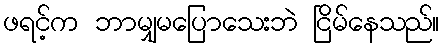
ဖရင့်က ဘာမျှမပြောသေးဘဲ ငြိမ်နေသည်။